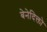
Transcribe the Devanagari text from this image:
बेनेदिक्तो